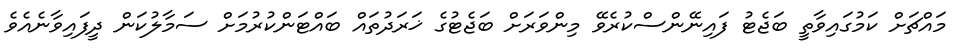
މައްޗަށް ކަމުގައިވާތީ ބަޖެޓު ފައިނޭންސްކުރެވޭ މިންވަރަށް ބަޖެޓުގެ ޚަރަދުތައް ބައްޓަންކުރުމަށް ސަމާލުކަން ދީފައިވާނެއެވެ